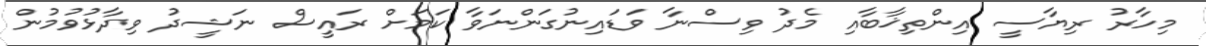
މިހާރު ރިޔާސީ އިންތިޚާބާއި މެދު ވިސްނާ ވަޑައިނުގަންނަވާ ކަމަށް ރައީސް ނަޝީދު ވިދާޅުވުމުން